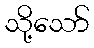
သို့သော်